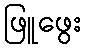
ဖြူဖွေး